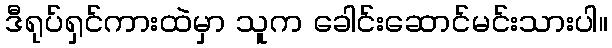
ဒီရုပ်ရှင်ကားထဲမှာ သူက ခေါင်းဆောင်မင်းသားပါ။